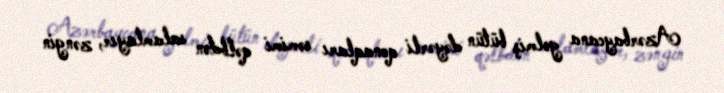
Azərbaycana gəlmiş bütün dəyərli qonaqları səmimi qəlbdən salamlayır, zəngin